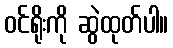
ဝင်ရိုးကို ဆွဲထုတ်ပါ။